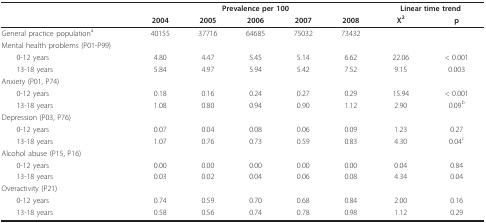
|  | <COLSPAN=5> Prevalence per 100 | <COLSPAN=2> Linear time trend |
 |  | 2004 | 2005 | 2006 | 2007 | 2008 | X2 | p |
 | --- | --- | --- | --- | --- | --- | --- | --- |
 | General practice populationa | 40155 | 37716 | 64685 | 75032 | 73432 |  |  |
 | Mental health problems (P01-P99) |  |  |  |  |  |  |  |
 | 0-12 years | 4.80 | 4.47 | 5.45 | 5.14 | 6.62 | 22.06 | < 0.001 |
 | 13-18 years | 5.84 | 4.97 | 5.94 | 5.42 | 7.52 | 9.15 | 0.003 |
 | Anxiety (P01, P74) |  |  |  |  |  |  |  |
 | 0-12 years | 0.18 | 0.16 | 0.24 | 0.27 | 0.29 | 15.94 | < 0.001 |
 | 13-18 years | 1.08 | 0.80 | 0.94 | 0.90 | 1.12 | 2.90 | 0.09b |
 | Depression (P03, P76) |  |  |  |  |  |  |  |
 | 0-12 years | 0.07 | 0.04 | 0.08 | 0.06 | 0.09 | 1.23 | 0.27 |
 | 13-18 years | 1.07 | 0.76 | 0.73 | 0.59 | 0.83 | 4.30 | 0.04c |
 | Alcohol abuse (P15, P16) |  |  |  |  |  |  |  |
 | 0-12 years | 0.00 | 0.00 | 0.00 | 0.00 | 0.00 | 0.04 | 0.84 |
 | 13-18 years | 0.03 | 0.02 | 0.04 | 0.06 | 0.08 | 4.34 | 0.04 |
 | Overactivity (P21) |  |  |  |  |  |  |  |
 | 0-12 years | 0.74 | 0.59 | 0.70 | 0.68 | 0.84 | 2.00 | 0.16 |
 | 13-18 years | 0.58 | 0.56 | 0.74 | 0.78 | 0.98 | 1.12 | 0.29 |